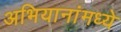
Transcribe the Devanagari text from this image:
अभियानांमध्ये